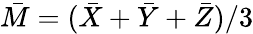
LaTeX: {\bar{M}}=({\bar{X}}+{\bar{Y}}+{\bar{Z}})/3